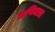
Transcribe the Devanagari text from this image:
प्राणिमात्रा